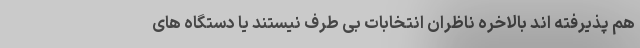
هم پذیرفته اند بالاخره ناظران انتخابات بی طرف نیستند یا دستگاه های